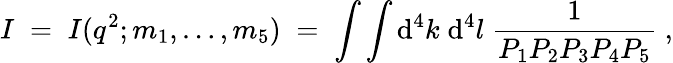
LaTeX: I\; =\; I(q^{2};m_{1},\ldots,m_{5})\; =\; \int\int\mathrm{d}^{4}k\; \mathrm{d}^{4}l\; \frac{1}{P_{1}P_{2}P_{3}P_{4}P_{5}}\; ,